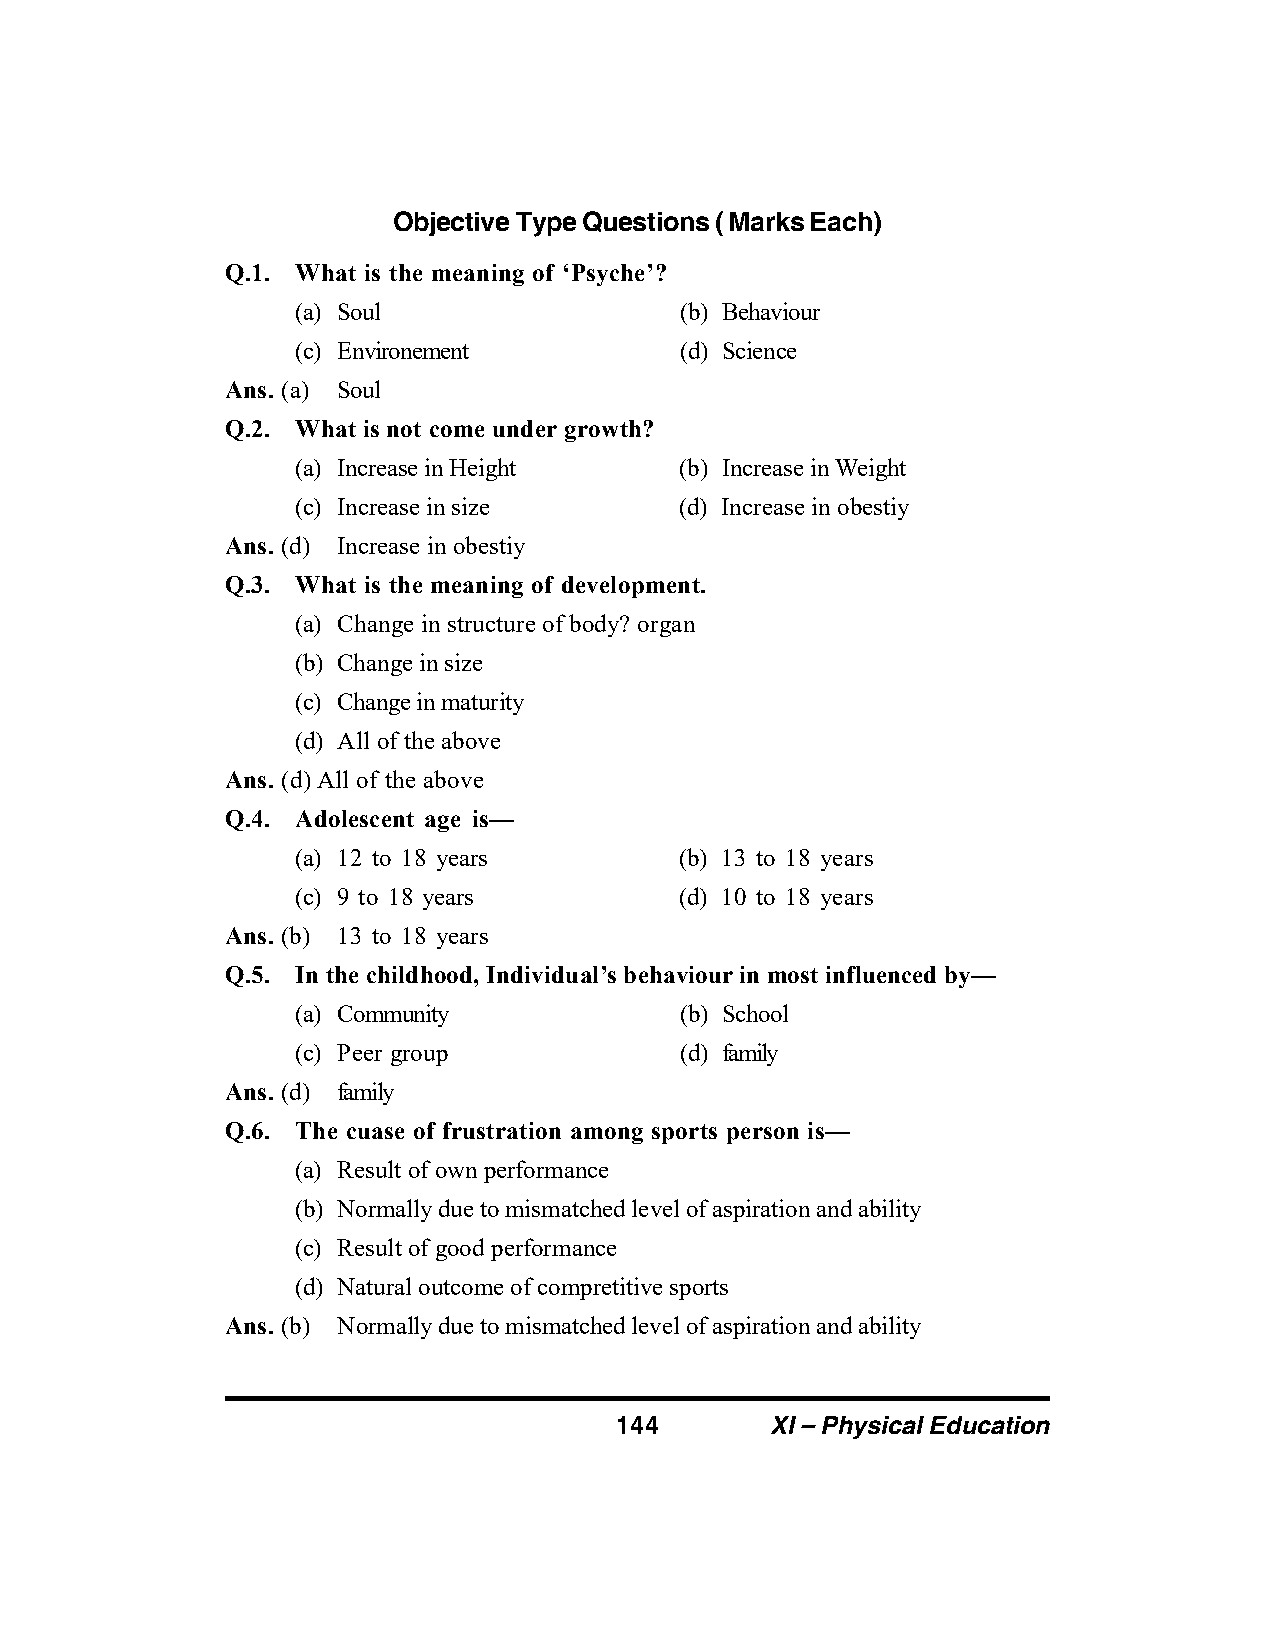
Objective Type Questions ( Marks Each)
 Q.1. What is the meaning of ‘Psyche’?
 (a) Soul                 (b) Behaviour
 (c) Environement         (d) Science
 Ans. (a) Soul
 Q.2. What is not come under growth?
 (a) Increase in Height   (b) Increase in Weight
 (c) Increase in size     (d) Increase in obestiy
 Ans. (d) Increase in obestiy
 Q.3. What is the meaning of development.
 (a) Change in structure of body? organ
 (b) Change in size
 (c) Change in maturity
 (d) All of the above
 Ans. (d) All of the above
 Q.4. Adolescent age is—
 (a) 12 to 18 years       (b) 13 to 18 years
 (c) 9 to 18 years        (d) 10 to 18 years
 Ans. (b) 13 to 18 years
 Q.5. In the childhood, Individual’s behaviour in most influenced by—
 (a) Community            (b) School
 (c) Peer group           (d) family
 Ans. (d) family
 Q.6. The cuase of frustration among sports person is—
 (a) Result of own performance
 (b) Normally due to mismatched level of aspiration and ability
 (c) Result of good performance
 (d) Natural outcome of compretitive sports
 Ans. (b) Normally due to mismatched level of aspiration and ability
 144       XI – Physical Education